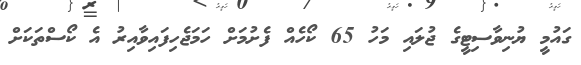
ގައުމީ ޔުނިވާސިޓީގެ ޖުލައި މަހު 65 ކޯހެއް ފެށުމަށް ހަމަޖެހިފައިވާއިރު އެ ކޯސްތަކަށް